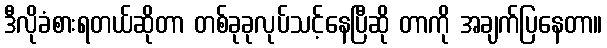
ဒီလိုခံစားရတယ်ဆိုတာ တစ်ခုခုလုပ်သင့်နေပြီဆို တာကို အချက်ပြနေတာ။